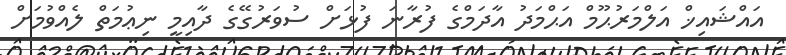
އައްޝައިޚް އަލްމަރުޙޫމް އަޙްމަދު އާދަމްގެ ފުރާނަ ފުޅަށް ސުވަރުގޭގެ ދާއިމީ ނިޢުމަތް ލެއްވުމަށް